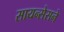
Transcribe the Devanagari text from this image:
सायन्सेसने